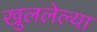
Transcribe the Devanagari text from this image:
खुललेल्या